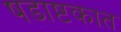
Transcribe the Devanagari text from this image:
षडाष्टकात